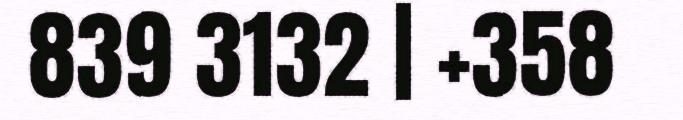
839 3132 | +358